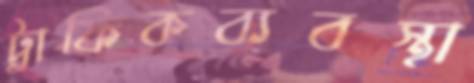
ট্রাফিকব্যবস্থা